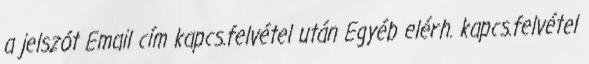
a jelszót Email cím kapcs.felvétel után Egyéb elérh. kapcs.felvétel